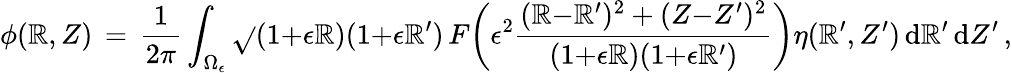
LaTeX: \phi(\mathbb{R},Z)\, =\, \frac{{1}}{{2\pi}}\int_{\Omega_{\epsilon}}\sqrt{}{{(1{+}\epsilon\mathbb{R})(1{+}\epsilon\mathbb{R}^{\prime})}}\, F\biggl(\epsilon^{2}\frac{{(\mathbb{R}{-}\mathbb{R}^{\prime})^{2}+(Z{-}Z^{\prime})^{2}}}{{(1{+}\epsilon\mathbb{R})(1{+}\epsilon\mathbb{R}^{\prime})}}\biggr)\eta(\mathbb{R}^{\prime},Z^{\prime})\, \mathrm{{d}}\mathbb{R}^{\prime}\, \mathrm{{d}}Z^{\prime}\, ,